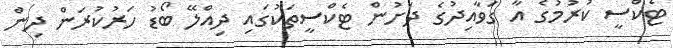
ޓެކްސީ ކުރުމުގެ އާ ގަވާއިދުގެ ދަށުން ޓެކްސީތަކުގައި ދިއްލޭ ބޯޑު ހަރުކުރަން ދިން